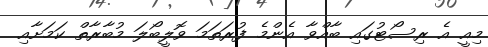
މިއީ އެ ރިސޯޓުގައި ބާއްވާ އެންމެ ފުރަތަމަ ވޮލީބޯލަ މުބާރާތް ކަމަށާއި